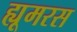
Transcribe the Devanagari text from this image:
ह्यूमरस